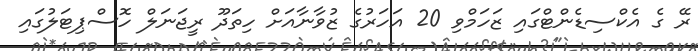
ރޭ ގެ އެކްސިޑެންޓްގައި ޒަހަމްވި 20 އަހަރުގެ ޒުވާނާއަށް ހިތަދޫ ރީޖަނަލް ހޮސްޕިޓަލުގައި